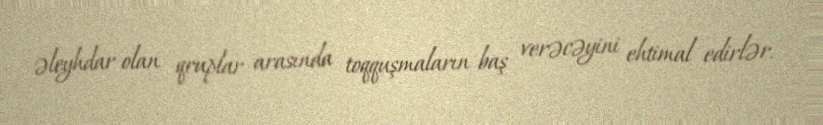
əleyhdar olan qruplar arasında toqquşmaların baş verəcəyini ehtimal edirlər.